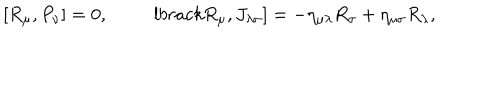
\lbrack R _ { \mu } , P _ { \nu } \rbrack = 0 , \qquad \ \, l b r a c k R _ { \mu } , J _ { \lambda \sigma } \rbrack = - \eta _ { \mu \lambda } R _ { \sigma } + \eta _ { \mu \sigma } R _ { \lambda } ,